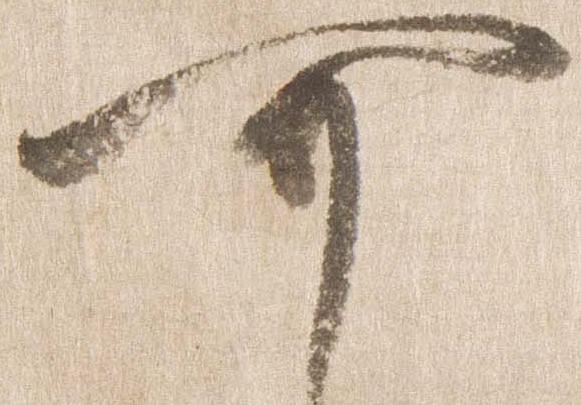
可